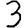
Digit: 3